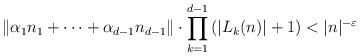
LaTeX: \begin{align*}\left\| \alpha_1 n_1 + \cdots + \alpha_{d-1} n_{d-1} \right\| \cdot \prod_{k=1}^{d-1} \left( |L_k (n)|+1 \right) < |n|^{-\varepsilon}\end{align*}